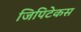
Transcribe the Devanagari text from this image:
जिपिटेकस